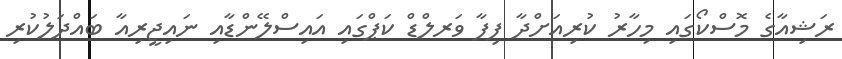
ރަޝިއާގެ މޮސްކޯގައި މިހާރު ކުރިއަށްދާ ފިފާ ވަރލްޑް ކަޕްގައި އައިސްލޭންޑާއި ނައިޖީރިއާ ބައްދަލުކުރި